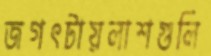
জগৎটায়লাশগুলি